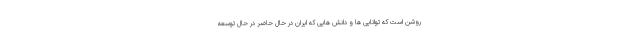
روشن است كه توانایی ها و دانش هایی كه ایران در حال حاضر در حال توسعه